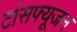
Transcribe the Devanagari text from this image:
टांसफ्यूजन